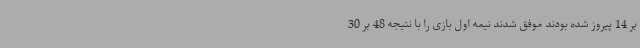
بر 14 پیروز شده بودند موفق شدند نیمه اول بازی را با نتیجه 48 بر 30